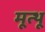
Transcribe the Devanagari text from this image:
मूत्थू